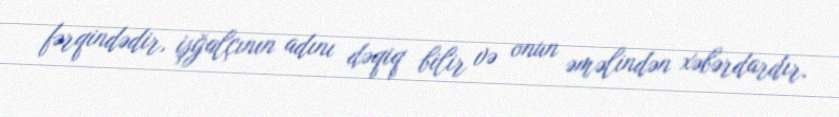
fərqindədir, işğalçının adını dəqiq bilir və onun əməlindən xəbərdardır.